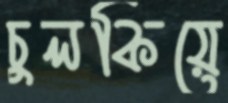
চুলকিয়ে